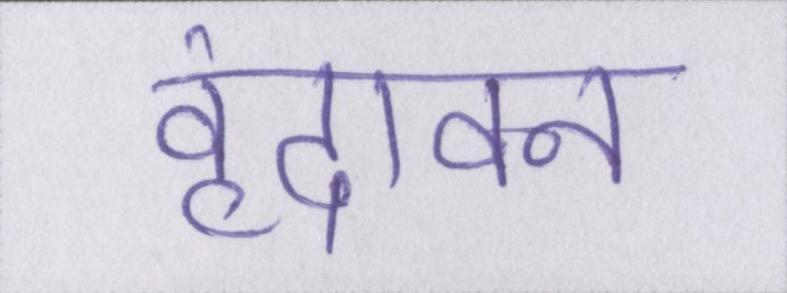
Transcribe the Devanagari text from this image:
वृंदावन